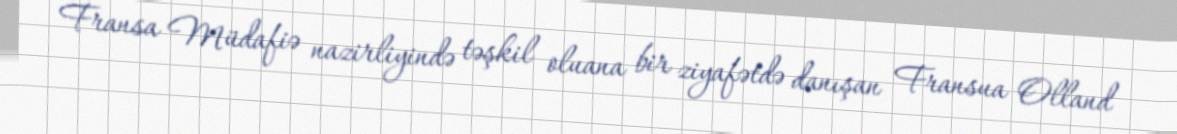
Fransa Müdafiə nazirliyində təşkil oluana bir ziyafətdə danışan Fransua Olland